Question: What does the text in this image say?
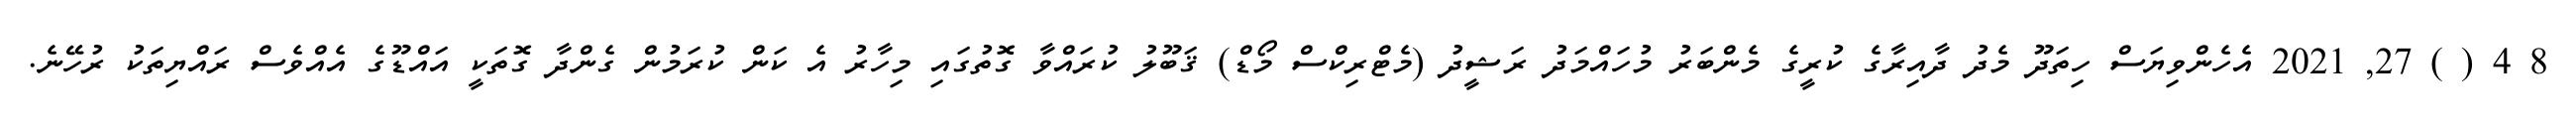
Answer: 8 4 ( ) 27, 2021 އެހެންވިޔަސް ހިތަދޫ މެދު ދާއިރާގެ ކުރީގެ މެންބަރު މުހައްމަދު ރަޝީދު (މެޓްރިކްސް މޯޑް) ޤަބޫލު ކުރައްވާ ގޮތުގައި މިހާރު އެ ކަން ކުރަމުން ގެންދާ ގޮތަކީ އައްޑޫގެ އެއްވެސް ރައްޔިތަކު ރުހޭނެ.